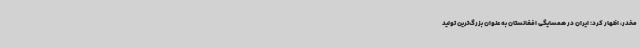
مخدر، اظهار کرد: ایران در همسایگی افغانستان به عنوان بزرگ‌ترین تولید